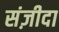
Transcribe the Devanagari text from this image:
संज़ीदा